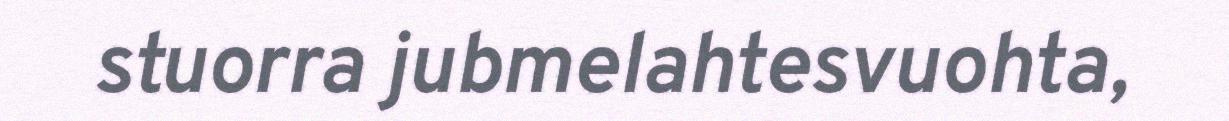
stuorra jubmelahtesvuohta,